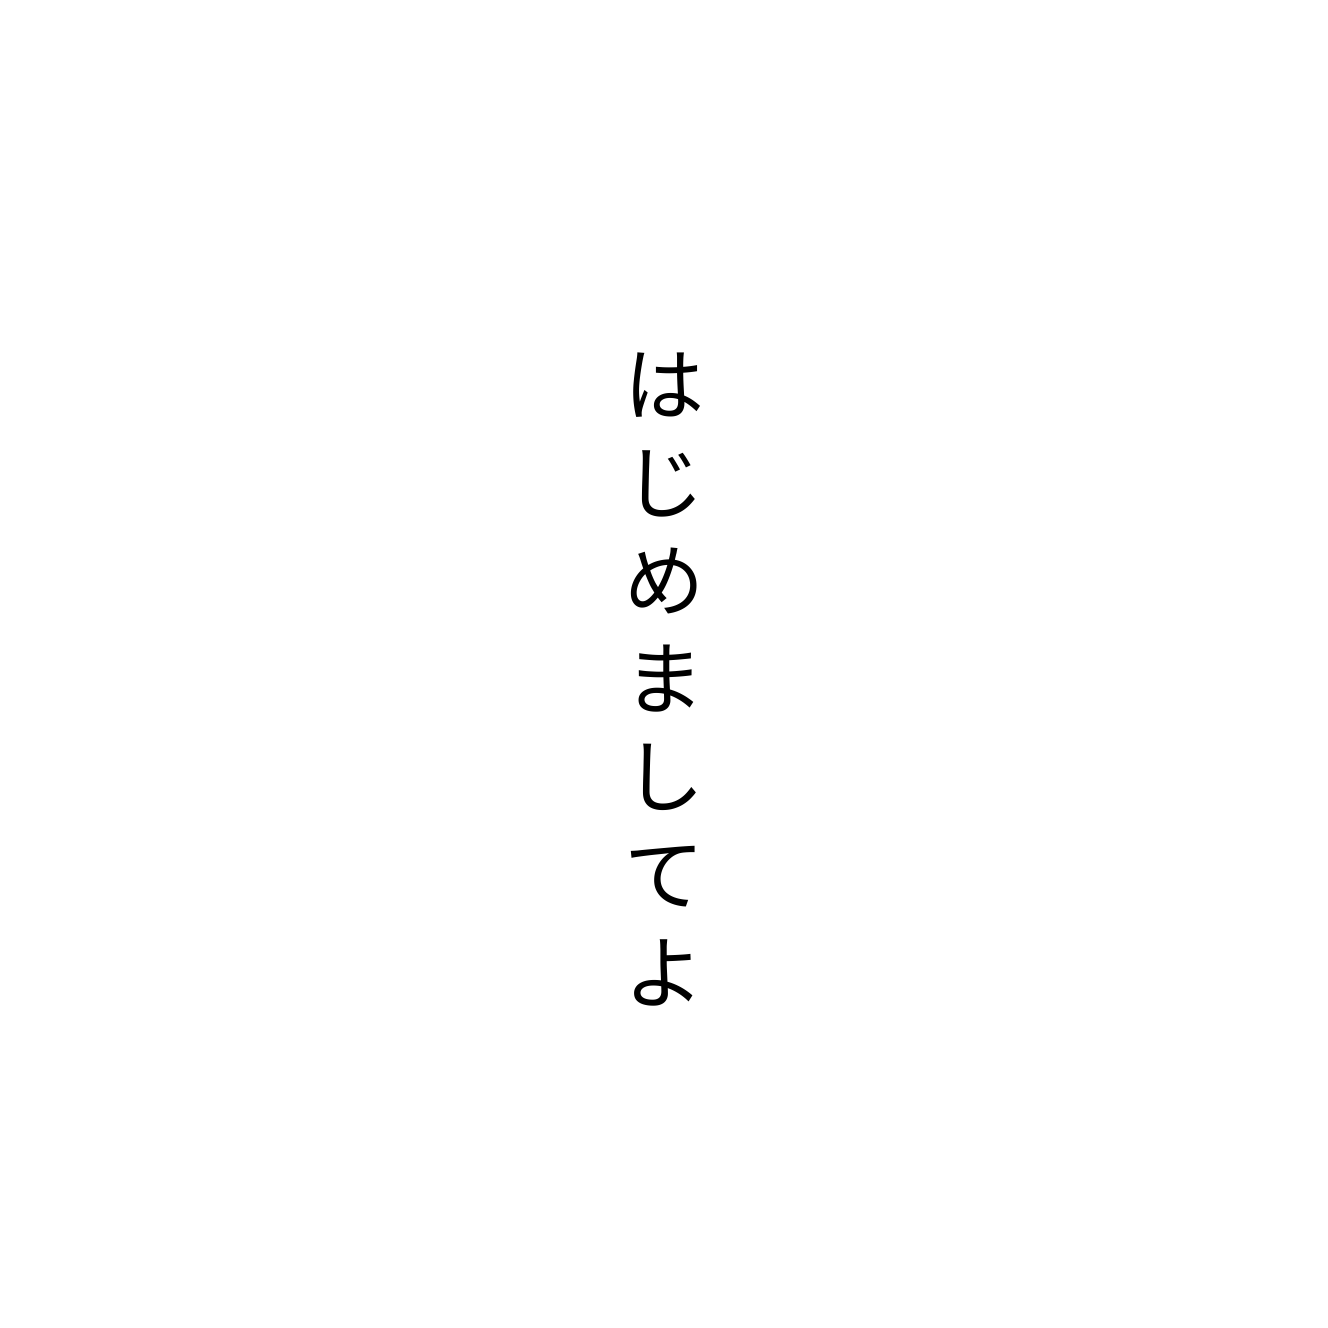
はじめましてよ